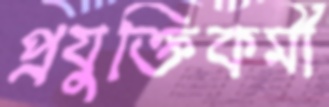
প্রযুক্তিকর্মী